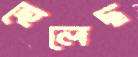
হেলেছ